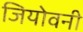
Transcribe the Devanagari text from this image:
जियोवनी